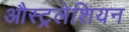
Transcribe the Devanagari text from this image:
औस्ट्रलेशियन